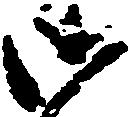
御